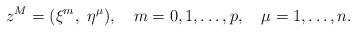
LaTeX: \begin{align*}z^M=(\xi^m,~\eta^\mu), \quad m=0,1,\dots ,p, \quad \mu=1,\dots ,n.\end{align*}